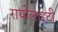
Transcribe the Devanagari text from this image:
रायोलाइटी